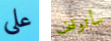
على سأتوقف